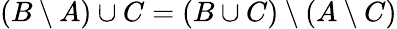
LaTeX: (B\setminus A)\cup C=(B\cup C)\setminus(A\setminus C)